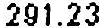
291.23